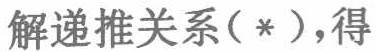
解递推关系（*），得